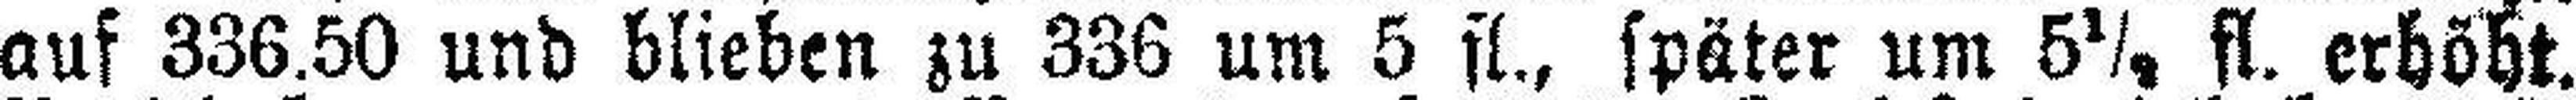
auf 336.50 und blieben zu 336 um 5 fl., später um 5½ fl. erhöht.